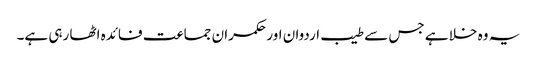
یہ وہ خلا ہے جس سے طیب اردوان اور حکمران جماعت فائدہ اٹھا رہی ہے۔